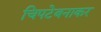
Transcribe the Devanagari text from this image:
चिपटेबनाकर